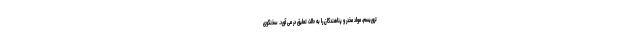
تروریسم، مواد مخدر و پناهندگان را به حالت تعلیق در می آورد. سخنگوی